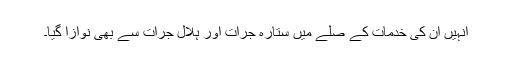
انہیں ان کی خدمات کے صلے میں ستارہ جرأت اور ہلال جرأت سے بھی نوازا گیا۔